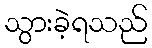
သွားခဲ့ရသည်